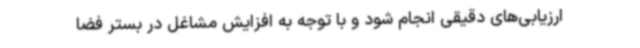
ارزیابی‌های دقیقی انجام شود و با توجه به افزایش مشاغل در بستر فضا